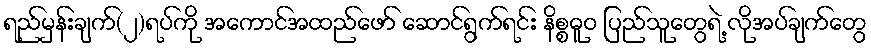
ရည်မှန်းချက်(၂)ရပ်ကို အကောင်အထည်ဖော် ဆောင်ရွက်ရင်း နိစ္စဓူဝ ပြည်သူတွေရဲ့ လိုအပ်ချက်တွေ